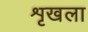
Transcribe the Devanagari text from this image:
शृखला